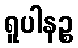
ရူပါနဉ္စ